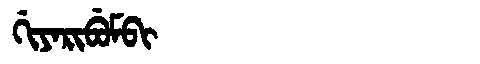
Manchu: ᡤᡳᠶᠠᡵᡳᠪᡠᠮᠪᡳ
Romanization: GIYARIBUMBI